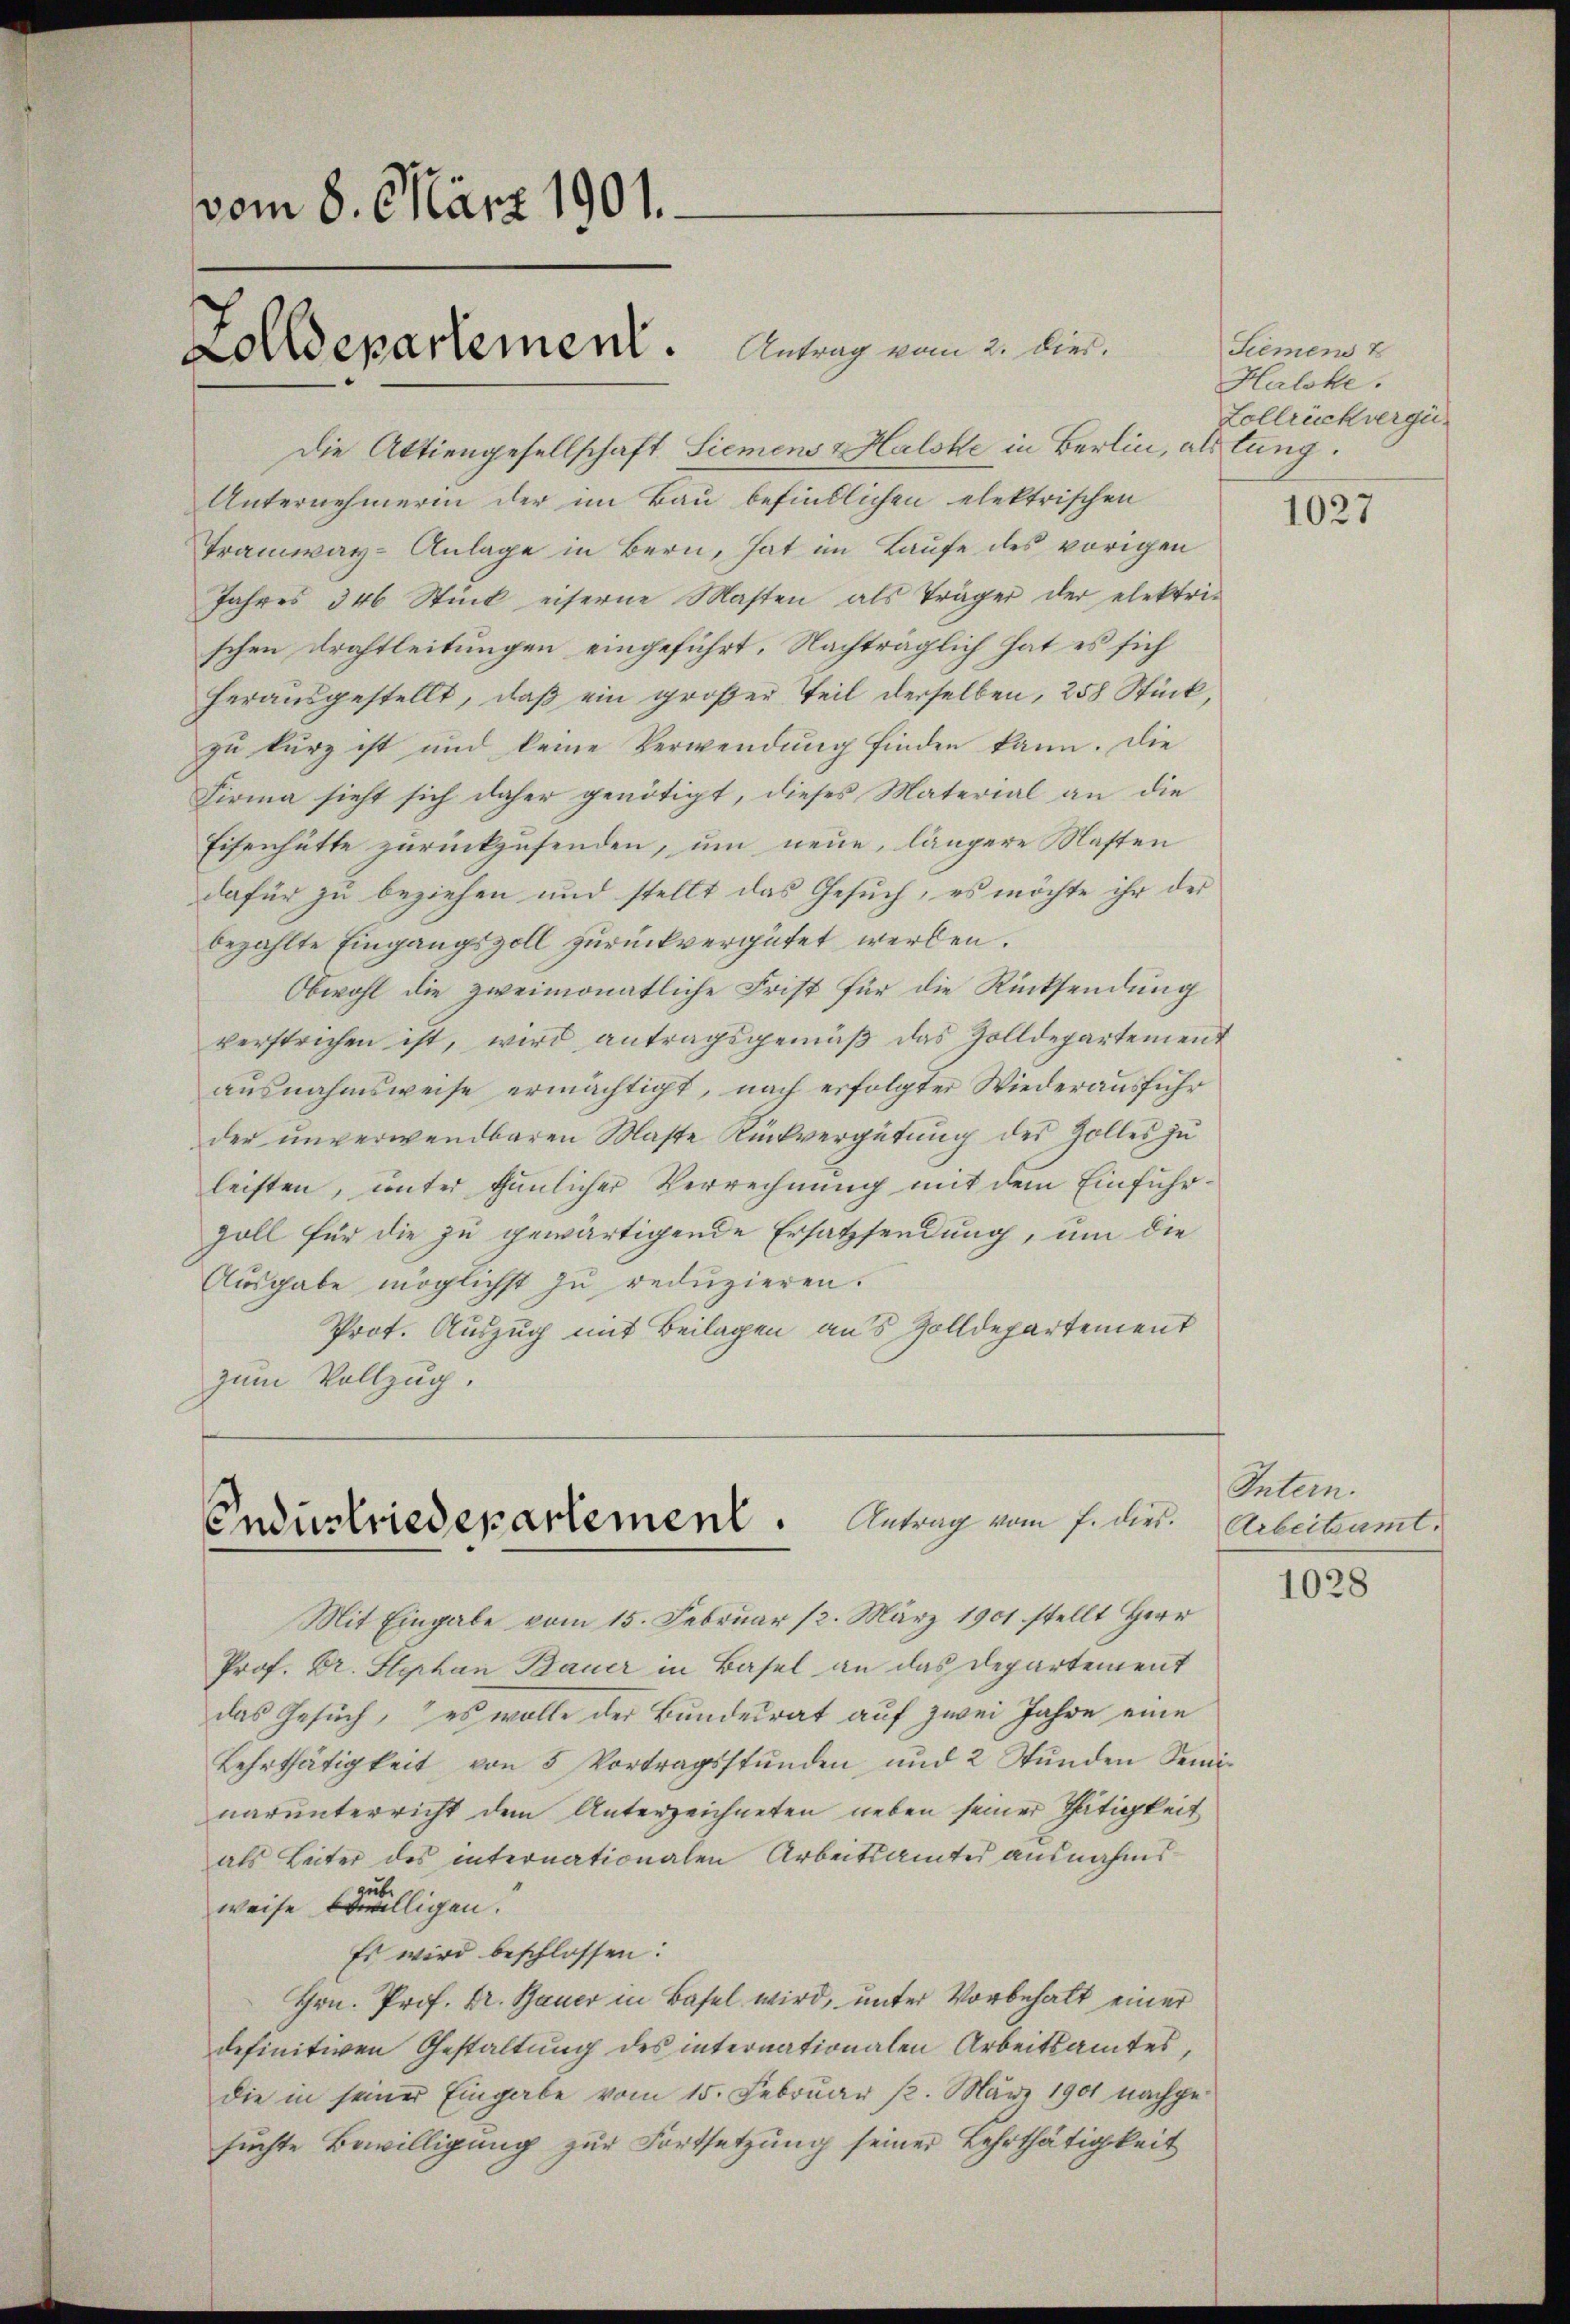
vom 8. März 1901.
olldepartement. Antrag vom 2. wird.

Die Aktiengesellschaft. Siemens & Halske in Berlin, als tung.
Unternehmerin der im Bau befindlichen elektrischen
Tramway-Anlage in Bern, hat im Laufe des vorigen
Jahres 346 Stück eiserne Masten als Träger der elektri-
schen Drahtleitungen eingeführt. Nachträglich hat es sich
herausgestellt, daß ein großer Teil derselben, 258 Stück,
zu kurz ist und keine Verwendung finden kann. Die
Firma sieht sich daher genötigt, dieses Material an die
Eisenhütte zurückzusenden, um neue, längere Masten
dafür zu beziehen und stellt das Gesuch, es möchte ihr der
bezahlte Eingangszoll zurückvergütet werden.
Obwohl die zweimonatliche Frist für die Rücksendung
verstrichen ist, wird antragsgemäβ das Zolldepartement
ausnahmsweise ermächtigt, nach erfolgter Wiederausfuhr
der unverwendbaren Maste Rückvergütŭng des Zolles zŭ
leisten, unter thunlicher Verrechnung mit dem Einfuhrzoll für die zu gewärtigende Ersatzsendung, um die
Ausgabe möglichst zu reduzieren.
Prot. Auszug mit Beilagen aus Zolldepartement
zum Vollzug.

Endustriedepartement. Antrag vom 7. dir.

Mit Eingabe vom 15. Februar 12. März 1901 stellt Herr
Prof. Dr. Stephan Bauer in Basel an das Departement
das Gesuch, es wolle der Bundesrat auf zwei Jahre eine
Lehrthätigkeit von 5 Vortragsstunden, und 2 Stŭnden Semi-
narunterricht dem Unterzeichneten neben seiner Thätigkeit
als Leiter des internationalen Arbeitsamtes ausnahms
aub
weise bewilligen.
Es wird beschlossen:
Hrn. Prof. Dr. Bauer in Basel wird, unter Vorbehalt einer
definitiven Gestaltung des internationalen Arbeitsamtes,
die in seiner Eingabe vom 15. Februar 1. März 1901 nachge-
suchte Bewilligung zur Fortsetzung seiner Lehrthätigkeit

Siemens t
Halske.
Lollbrückvergü¬

1027

Intern.
Arbeitsamt.

1028